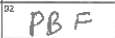
Transcription: PBF